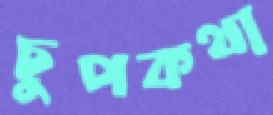
চুপকথা